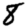
Digit: 8